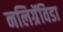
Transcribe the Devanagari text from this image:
नलिग्रॅविडा